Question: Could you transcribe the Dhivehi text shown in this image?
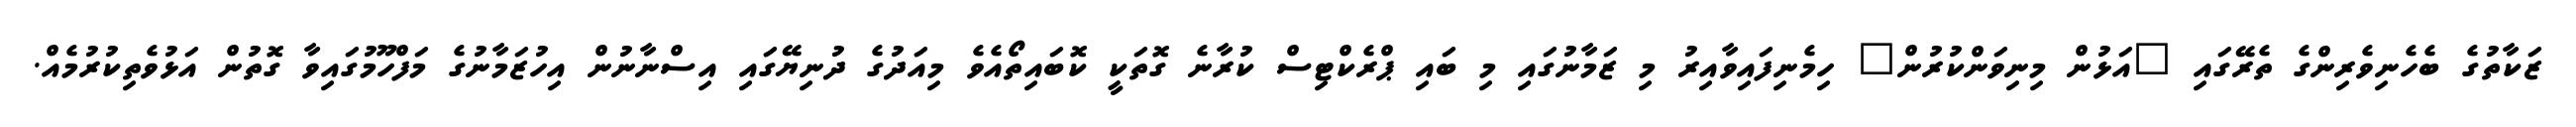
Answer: ޒަކާތުގެ ބެހެނިވެރިންގެ ތެރޭގައި "އަޅުން މިނިވަންކުރުން" ހިމެނިފައިވާއިރު މި ޒަމާނުގައި މި ބައި ޕްރެކްޓިސް ކުރާނެ ގޮތަކީ ކޮބައިތޯއެވެ މިއަދުގެ ދުނިޔޭގައި އިސްނާނުން އިހުޒަމާނުގެ މަފްހޫމުގައިވާ ގޮތުން އަޅުވެތިކުރުމެއް.